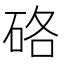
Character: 硌